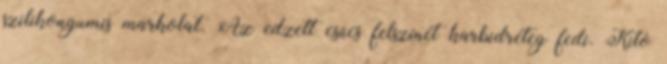
szilikongumis markolat. Az edzett csúcs felszínét karbidréteg fedi. Kito